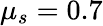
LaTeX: \mu_{s}=0.7